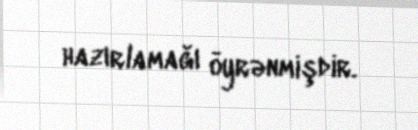
hazırlamağı öyrənmişdir.